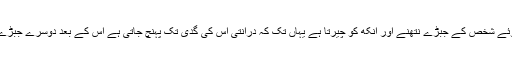
وہ اس درانتی سے بیٹھے ہوئے شخص کے جبڑے نتھنے اور آنکھ کو چیرتا ہے یہاں تک کہ درانتی اس کی گدی تک پہنچ جاتی ہے اس کے بعد دوسرے جبڑے کے ساتھ وہ ایسا کرتا ہے۔